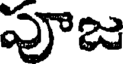
పూజ